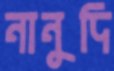
নানুদি